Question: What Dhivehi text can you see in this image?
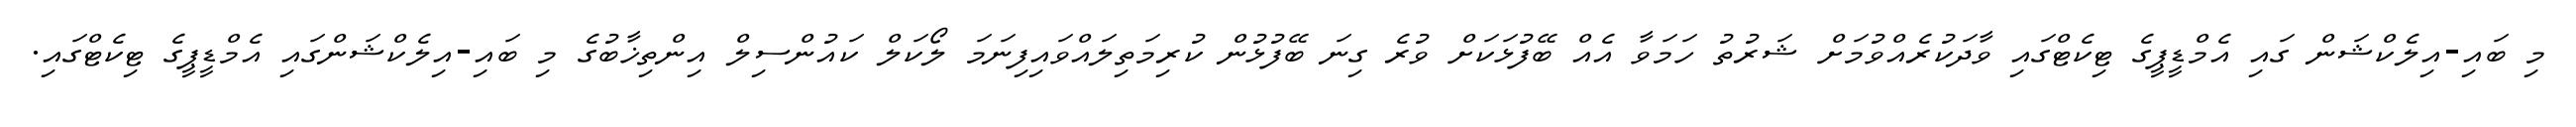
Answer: މި ބައި-އިލެކްޝަން ގައި އެމްޑީޕީގެ ޓިކެޓްގައި ވާދަކުރެއްވުމަށް ޝަރުތު ހަމަވާ އެއް ބޭފުޅަކަށް ވުރެ ގިނަ ބޭފުޅުން ކުރިމަތިލައްވައިފިނަމަ ލޯކަލް ކައުންސިލް އިންތިޚާބުގެ މި ބައި-އިލެކްޝަންގައި އެމްޑީޕީގެ ޓިކެޓްގައި.